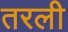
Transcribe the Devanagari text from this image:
तरली